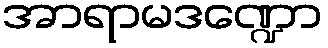
အာရာမဒဏ္ဍော